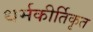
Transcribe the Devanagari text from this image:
धर्मकीर्तिकृत